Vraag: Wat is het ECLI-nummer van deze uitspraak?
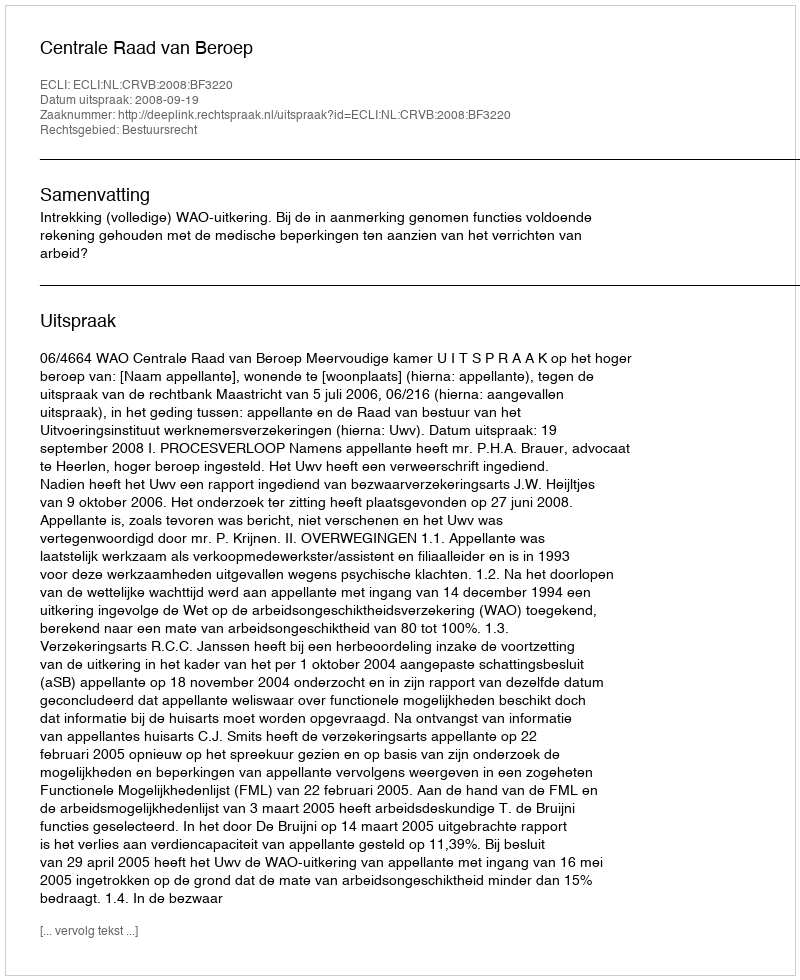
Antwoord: ECLI:NL:CRVB:2008:BF3220